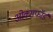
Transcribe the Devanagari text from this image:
ओक्सफॉर्ड